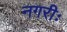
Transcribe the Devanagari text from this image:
नगरीः